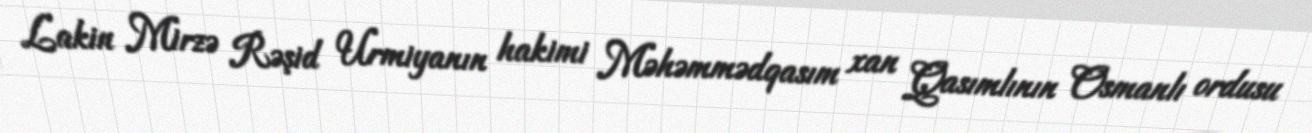
Lakin Mirzə Rəşid Urmiyanın hakimi Məhəmmədqasım xan Qasımlının Osmanlı ordusu